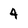
Character: 4